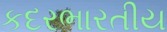
કદરભારતીય